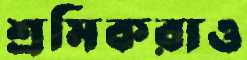
শ্রমিকরাও